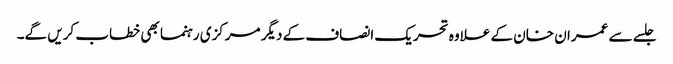
جلسے سے عمران خان کے علاوہ تحریک انصاف کے دیگر مرکزی رہنما بھی خطاب کریں گے۔